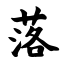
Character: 落